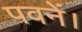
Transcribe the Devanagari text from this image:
पवनें।